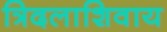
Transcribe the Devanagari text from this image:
त्रिदलाशिवाय